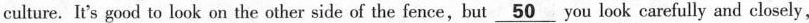
culture. It's good to look on the other side of the fence,but\underline{50} you look carefully and closely,